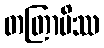
တတြာပိဿ